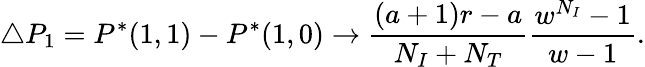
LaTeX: \triangle P_{1}=P^{*}(1,1)-P^{*}(1,0)\rightarrow\frac{(a+1)r-a}{N_{I}+N_{T}}\frac{w^{N_{I}}-1}{w-1}.